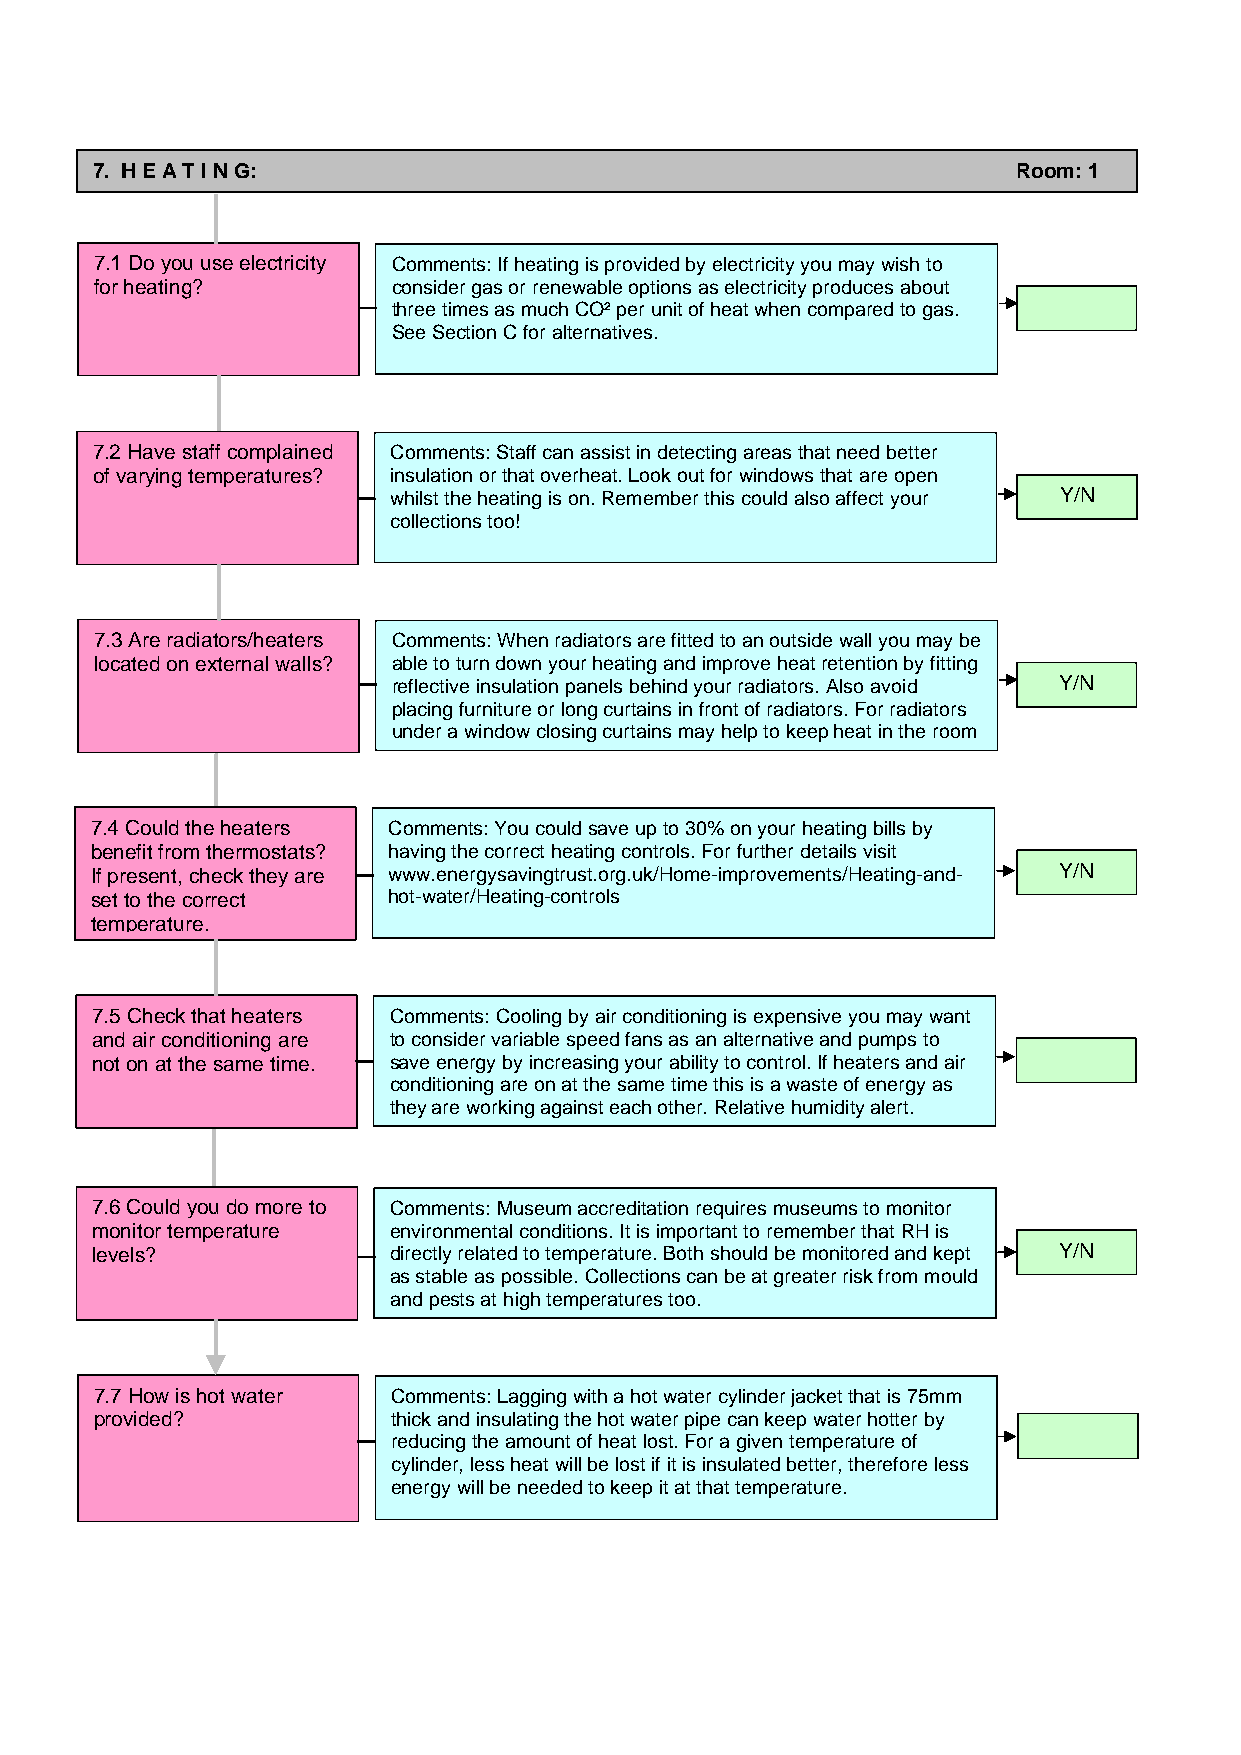
7. H E A T I N G:                                            Room: 1
 7.1 Do you use electricity Comments: If heating is provided by electricity you may wish to
 for heating?        consider gas or renewable options as electricity produces about
 three times as much CO² per unit of heat when compared to gas.
 See Section C for alternatives.
 7.2 Have staff complained Comments: Staff can assist in detecting areas that need better
 of varying temperatures? insulation or that overheat. Look out for windows that are open
 whilst the heating is on. Remember this could also affect your Y/N
 collections too!
 7.3 Are radiators/heaters Comments: When radiators are fitted to an outside wall you may be
 located on external walls? able to turn down your heating and improve heat retention by fitting
 reflective insulation panels behind your radiators. Also avoid Y/N
 placing furniture or long curtains in front of radiators. For radiators
 under a window closing curtains may help to keep heat in the room
 7.4 Could the heaters Comments: You could save up to 30% on your heating bills by
 benefit from thermostats? having the correct heating controls. For further details visit
 If present, check they are www.energysavingtrust.org.uk/Home-improvements/Heating-and- Y/N
 set to the correct  hot-water/Heating-controls
 temperature.
 7.5 Check that heaters Comments: Cooling by air conditioning is expensive you may want
 and air conditioning are to consider variable speed fans as an alternative and pumps to
 not on at the same time. save energy by increasing your ability to control. If heaters and air
 conditioning are on at the same time this is a waste of energy as
 they are working against each other. Relative humidity alert.
 7.6 Could you do more to Comments: Museum accreditation requires museums to monitor
 monitor temperature environmental conditions. It is important to remember that RH is
 levels?             directly related to temperature. Both should be monitored and kept Y/N
 as stable as possible. Collections can be at greater risk from mould
 and pests at high temperaturestoo.
 7.7 How is hot water Comments: Lagging with a hot water cylinder jacket that is 75mm
 provided?           thick and insulating the hot water pipe can keep water hotter by
 reducing the amount of heat lost. For a given temperature of
 cylinder, less heat will be lost if it is insulated better, therefore less
 energy will be needed to keep it at that temperature.